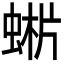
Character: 𧌨